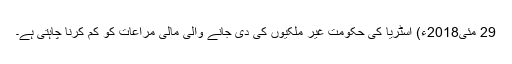
29 مئی2018ء) آسٹریا کی حکومت غیر ملکیوں کی دی جانے والی مالی مراعات کو کم کرنا چاہتی ہے۔